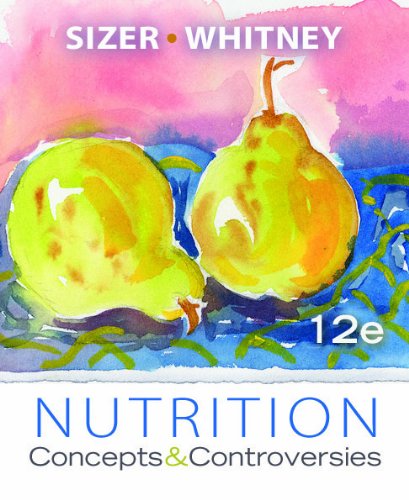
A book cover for Nutrition: Concepts and Controversies, Update (with 2010 Dietary Guidelines); Frances Sizer; Medical Books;